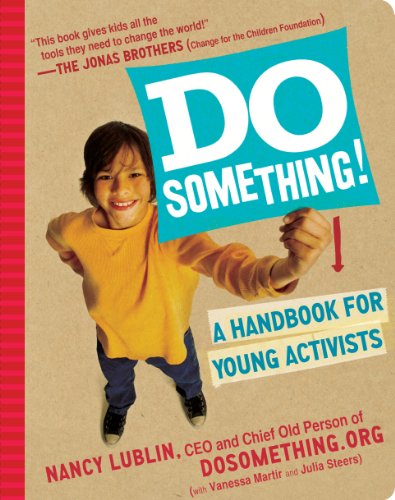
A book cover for Do Something!: A Handbook for Young Activists; Vanessa Martir; Business & Money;